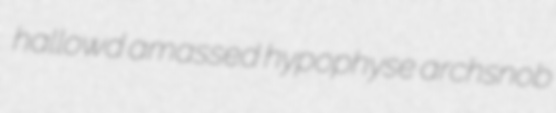
hallowd amassed hypophyse archsnob